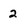
Character: 2